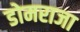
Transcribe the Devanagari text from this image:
डोमराजा